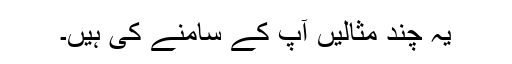
یہ چند مثالیں آپ کے سامنے کی ہیں۔